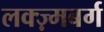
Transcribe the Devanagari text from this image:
लक्ज़्मबर्ग